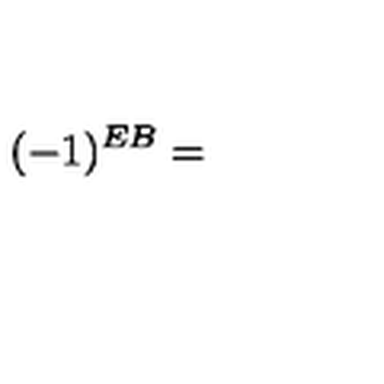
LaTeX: ( - 1 ) ^ { E B } =